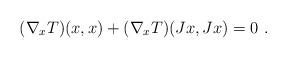
LaTeX: \begin{align*} (\nabla_xT)(x,x) +(\nabla_xT)(Jx,Jx)=0 \ . \end{align*}